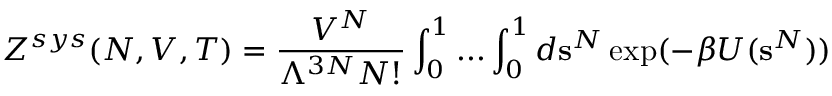
Z ^ { s y s } ( N , V , T ) = { \frac { V ^ { N } } { \Lambda ^ { 3 N } N ! } } \int _ { 0 } ^ { 1 } . . . \int _ { 0 } ^ { 1 } d \mathbf { s } ^ { N } \exp ( - \beta U ( \mathbf { s } ^ { N } ) )